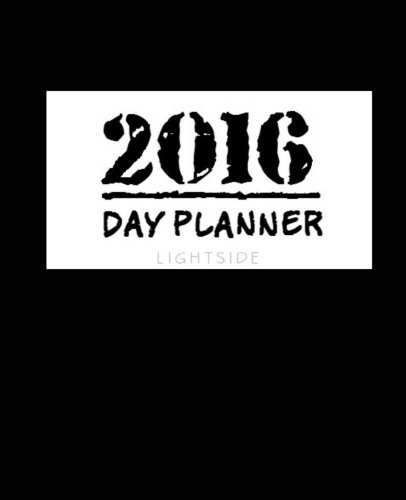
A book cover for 2016 Day Planner (Black); LightSide LLC; Self-Help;